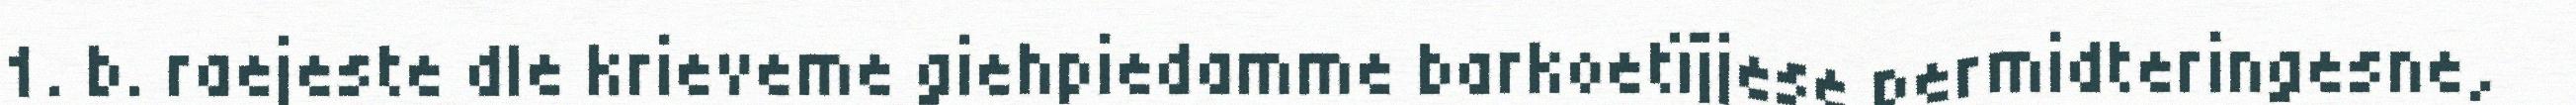
1. b. raejeste dle krieveme giehpiedamme barkoetïjjese permidteringesne,